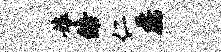
娘皓仁磊